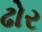
ઢોર